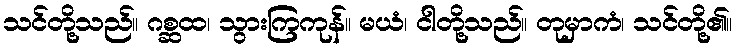
သင်တို့သည်။ ဂစ္ဆထ၊ သွားကြကုန်။ မယံ၊ ငါတို့သည်။ တုမှာကံ၊ သင်တို့၏။